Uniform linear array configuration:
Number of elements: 16
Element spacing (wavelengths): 0.25
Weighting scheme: exponential
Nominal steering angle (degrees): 45
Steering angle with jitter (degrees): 46.061
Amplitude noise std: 0.05
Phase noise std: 0.05

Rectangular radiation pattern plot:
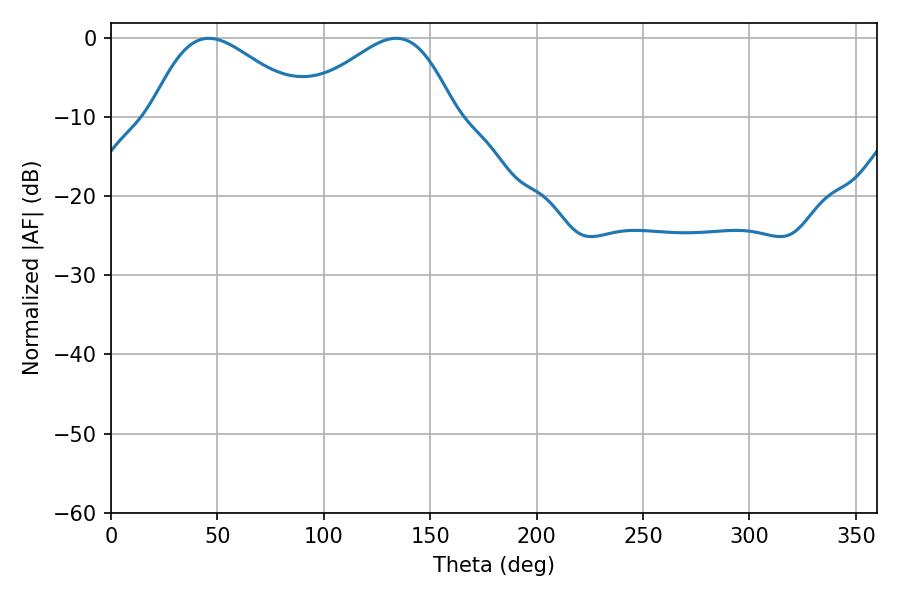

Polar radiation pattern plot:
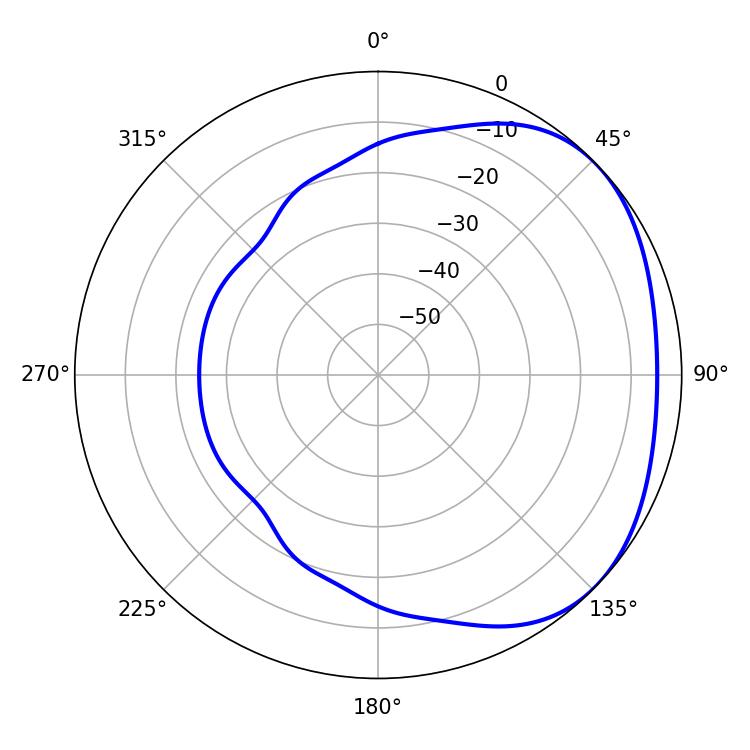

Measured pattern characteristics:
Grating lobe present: FALSE
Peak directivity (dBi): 2.484
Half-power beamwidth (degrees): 39.24
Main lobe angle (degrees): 45.9